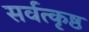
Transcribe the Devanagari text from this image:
सर्वत्कृष्ठ